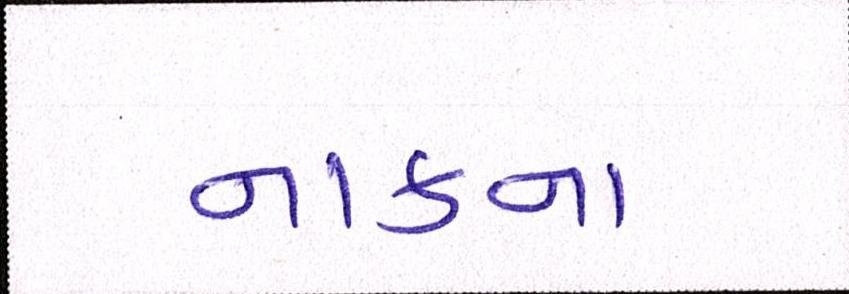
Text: નાકના